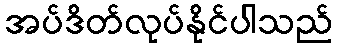
အပ်ဒိတ်လုပ်နိုင်ပါသည်